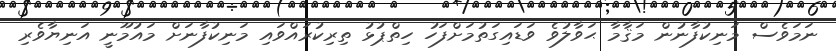
ނަމަވެސް މަނިކުފާނުން މަޤާމާ ޙަވާލުވެ ވަޑައިގަތުމަށްފަހު ހިތްޕުޅު ތިރިކުރައްވައި މަނިކުފާނަށް މައުމޫނީ އަނިޔާވެރި